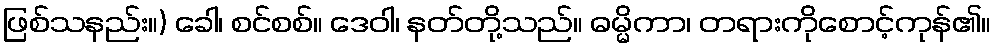
ဖြစ်သနည်း။) ခေါ၊ စင်စစ်။ ဒေဝါ၊ နတ်တို့သည်။ ဓမ္မိကာ၊ တရားကိုစောင့်ကုန်၏။